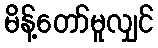
မိန့်တော်မူလျှင်